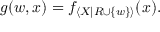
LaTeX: g ( w , x ) = f _ { \langle X | R \cup \{ w \} \rangle } ( x ) .